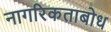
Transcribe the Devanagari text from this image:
नागरिकताबोध